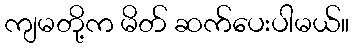
ကျမတို့က မိတ် ဆက်ပေးပါမယ်။